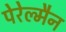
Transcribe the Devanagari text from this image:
पेरेल्मैन